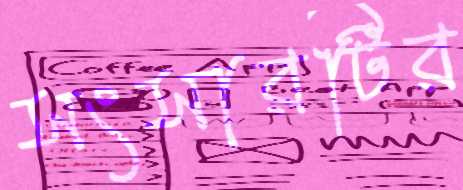
সংসারটির